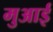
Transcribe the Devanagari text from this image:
मुआई